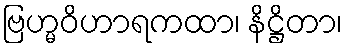
ဗြဟ္မဝိဟာရကထာ၊ နိဋ္ဌိတာ၊